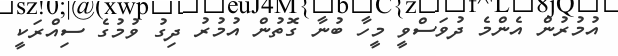
އުމުރުން އެންމެ ދުވަސްވީ މީހާ ބުނާ ގޮތުން އުމުރު ދިގު ވުމުގެ ސިއްރަކީ